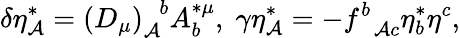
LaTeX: \delta\eta_{\mathcal{A}}^{*}=\left(D_{\mu}\right)_{\mathcal{A}}^{\; \; b}A_{b}^{*\mu},\; \gamma\eta_{\mathcal{A}}^{*}=-f_{\; \; \mathcal{A}c}^{b}\eta_{b}^{*}\eta^{c},